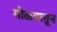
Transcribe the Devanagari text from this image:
गोळ्यातून